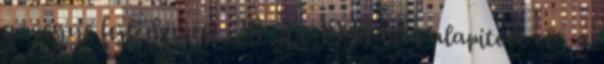
a megye fejlôdéséért. 28 Az 1998-ban alapított cég a